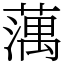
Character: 蕅